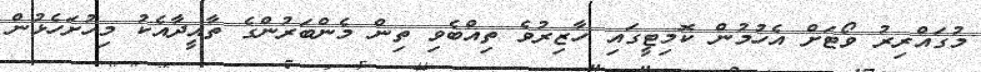
މުގައްރިރު ވޯޓަށް އެހުމުން ކޮމިޓީގައި ހާޒިރުވެ ތިއްބެވި ތިން މެންބަރުންގެ ތާއީދާއެކު މިހުށަހެޅުން